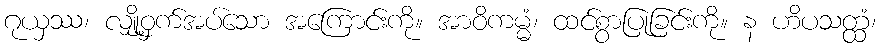
ဂုယှဿ၊ လျှို့ဝှက်အပ်သော အကြောင်းကို။ အာဝိကမ္မံ၊ ထင်စွာပြုခြင်းကို။ န ဟိပသတ္ထံ၊